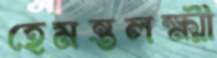
হেমন্তলক্ষ্মী